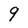
Character: 9